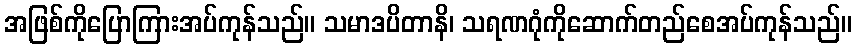
အဖြစ်ကိုပြောကြားအပ်ကုန်သည်။ သမာဒပိတာနိ၊ သရဏဂုံကိုဆောက်တည်စေအပ်ကုန်သည်။